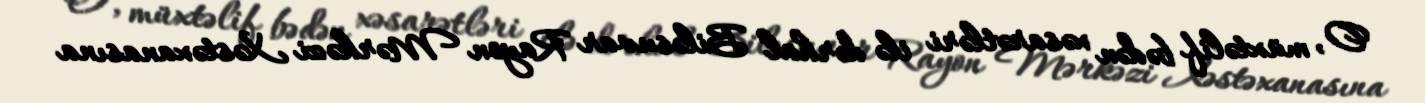
O, müxtəlif bədən xəsarətləri ilə dərhal Biləsuvar Rayon Mərkəzi Xəstəxanasına